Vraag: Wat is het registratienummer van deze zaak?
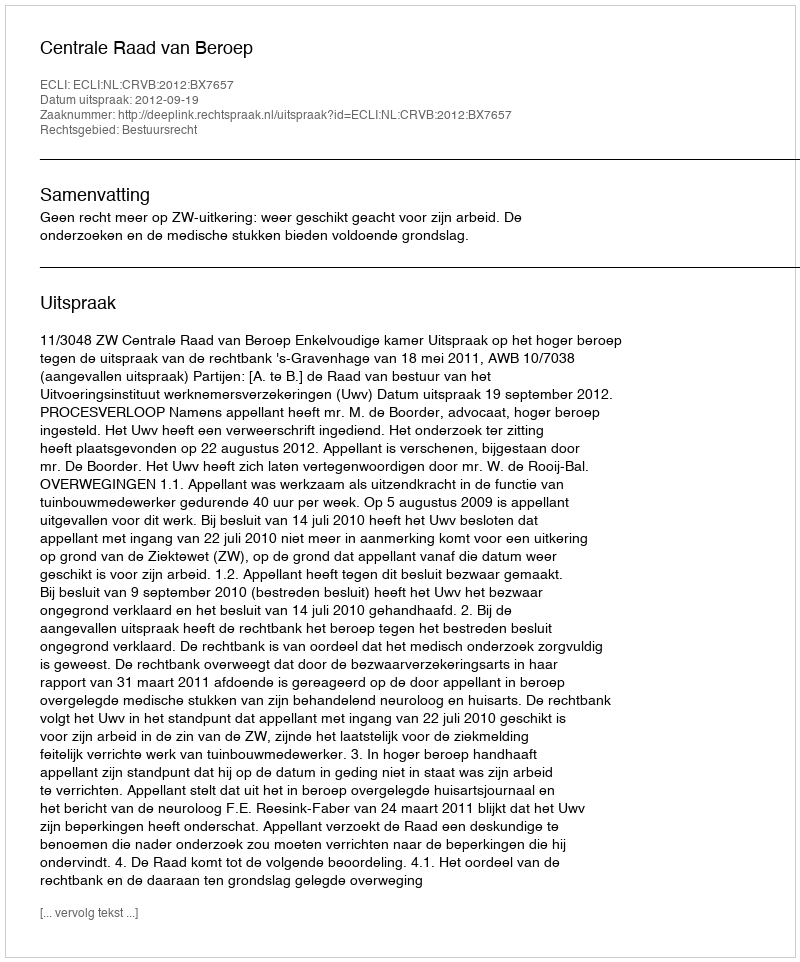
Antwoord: http://deeplink.rechtspraak.nl/uitspraak?id=ECLI:NL:CRVB:2012:BX7657